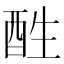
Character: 𨠠